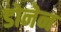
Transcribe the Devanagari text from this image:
डोनेन